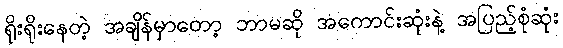
ရိုးရိုးနေတဲ့ အချိန်မှာတော့ ဘာမဆို အကောင်းဆုံးနဲ့ အပြည့်စုံဆုံး